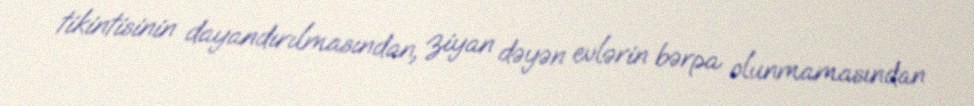
tikintisinin dayandırılmasından, ziyan dəyən evlərin bərpa olunmamasından